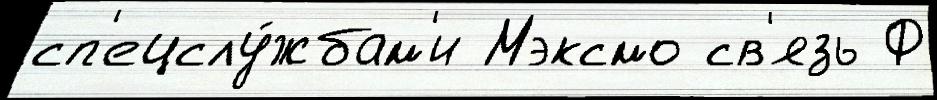
сп'ецслу́жбам'и Мэксмо св'язь Ф